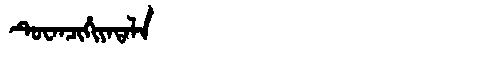
Manchu: ᡨᡠᠸᠠᠨᠴᡳᡥᡳᠶᠠᡨᠠᠯᠠ
Romanization: TUWANCIHIYATALA